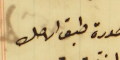
صورة طبق الاصل